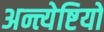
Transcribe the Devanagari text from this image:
अन्त्येष्टियों